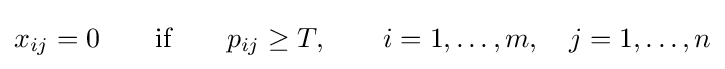
x_{ij}=0\qquad {\text{if}}\qquad p_{ij}\geq T,\qquad i=1,\ldots ,m,\quad j=1,\ldots ,n